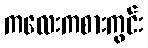
ကလေးကစားကွင်း